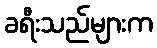
ခရီးသည်များက